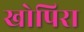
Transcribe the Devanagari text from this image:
खोपिरा